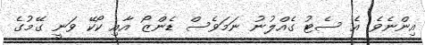
އިންނެވެ. އެ ސެޓު ގެއްލުނު ނަމަވެސް ޑެންޒޯ އާއި ކޯކޭ ވަނީ ގޭމުގެ